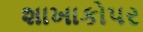
શાખાકો૫ર